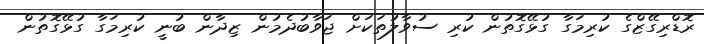
ރޮޑްރިގޭޒްގެ ކުރިމަގާ ގުޅޭގޮތުން ކުރި ސުވާލުތަކަށް ޖަވާބުދެމުން ޒިދާން ބުނީ ކުރިމަގާ ގުޅޭގޮތުން